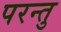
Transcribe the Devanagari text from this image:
परन्तु